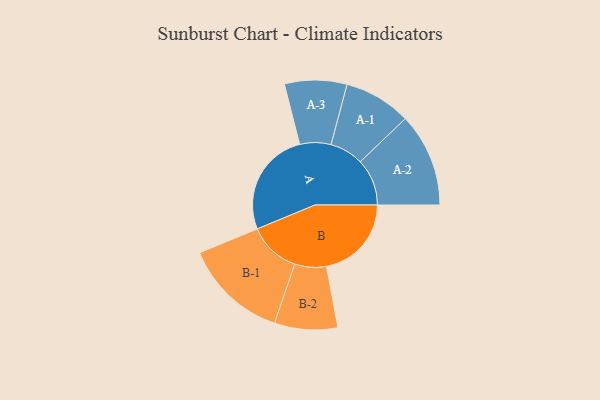
{"axis": {"x": "Segment", "y": "Value"}, "legend": ["", "A", "B"], "data": [{"x": "A", "y": 463, "type": ""}, {"x": "B", "y": 374, "type": ""}, {"x": "A-1", "y": 148, "type": "A"}, {"x": "A-2", "y": 206, "type": "A"}, {"x": "A-3", "y": 137, "type": "A"}, {"x": "B-1", "y": 229, "type": "B"}, {"x": "B-2", "y": 139, "type": "B"}]}